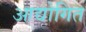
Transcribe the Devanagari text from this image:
आद्योगित